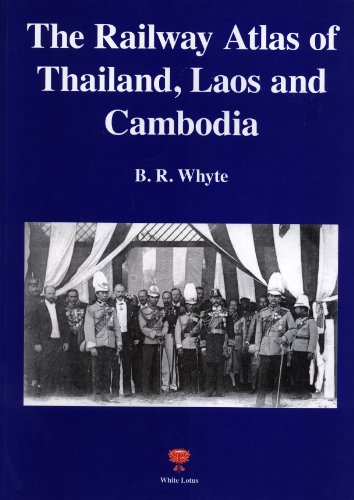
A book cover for Railway Atlas of Thailand, Laos and Cambodia; Brendan R. Whyte; Travel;